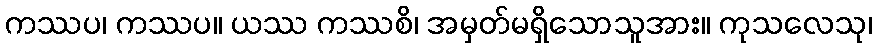
ကဿပ၊ ကဿပ။ ယဿ ကဿစိ၊ အမှတ်မရှိသောသူအား။ ကုသလေသု၊